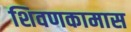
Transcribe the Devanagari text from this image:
शिवणकामास